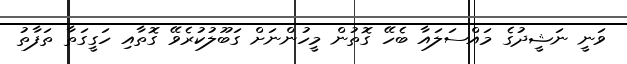
ވަނީ ނަޝީދުގެ މައްސަލައާ ބެހޭ ގޮތުން މީހުންނަށް ގަބޫލުކުރެވޭ ގޮތާއި ހަގީގަތާ ތަފާތު